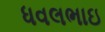
ધવલભાઇ